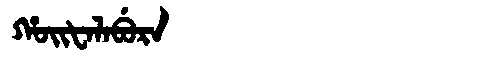
Manchu: ᡥᠣᡳᡶᠠᠯᠠᠪᡠᡵᠠ
Romanization: HOIFALABURA